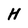
Character: H